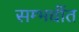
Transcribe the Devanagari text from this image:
सम्भधींत